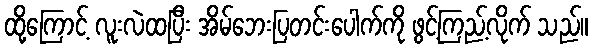
ထို့ကြောင့် လူးလဲထပြီး အိမ်ဘေးပြတင်းပေါက်ကို ဖွင့်ကြည့်လိုက် သည်။